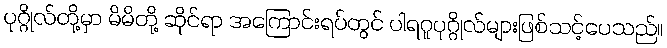
ပုဂ္ဂိုလ်တို့မှာ မိမိတို့ ဆိုင်ရာ အကြောင်းရပ်တွင် ပါရဂူပုဂ္ဂိုလ်များဖြစ်သင့်ပေသည်။